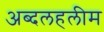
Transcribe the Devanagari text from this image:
अब्दलहलीम